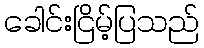
ခေါင်းငြိမ့်ပြသည်